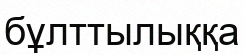
бұлттылыққа